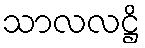
သာလလဋ္ဌိ